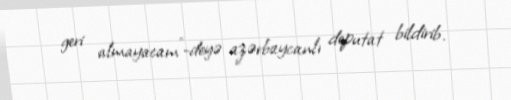
geri almayacam”-deyə azərbaycanlı deputat bildirib.